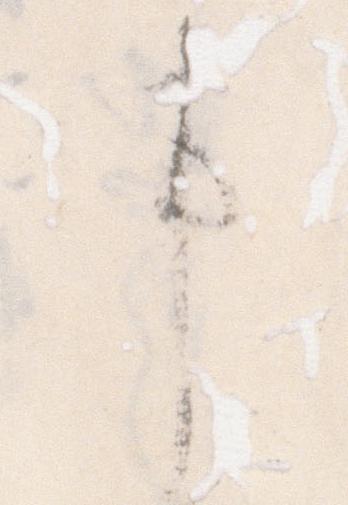
事